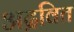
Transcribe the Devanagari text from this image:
अद्रवित